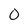
Character: O